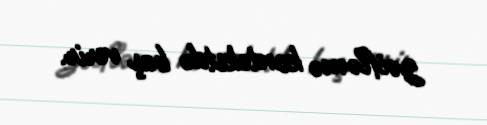
zəifləmə kontekstdə baş verir.